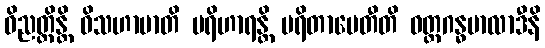
ဝိညတ္တိန္တိ ဝိသဟာမာတိ ပရိဟာရန္တိ ပရိတာပေတီတိ ဝတ္ထဂန္ဓမာလာဒီနိ